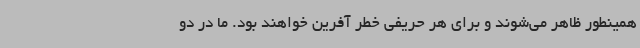
همینطور ظاهر می‌شوند و برای هر حریفی خطر آفرین خواهند بود. ما در دو